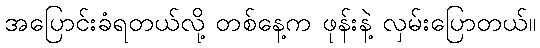
အပြောင်းခံရတယ်လို့ တစ်နေ့က ဖုန်းနဲ့ လှမ်းပြောတယ်။